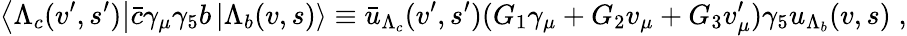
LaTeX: \left\langle\Lambda_{c}(v^{\prime},s^{\prime})\right\vert\bar{c}\gamma_{\mu}\gamma_{5}b\left\vert\Lambda_{b}(v,s)\right\rangle\equiv\bar{u}_{\Lambda_{c}}(v^{\prime},s^{\prime})(G_{1}\gamma_{\mu}+G_{2}v_{\mu}+G_{3}v_{\mu}^{\prime})\gamma_{5}u_{\Lambda_{b}}(v,s)\; ,